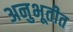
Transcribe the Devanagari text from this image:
अनुभूतीत